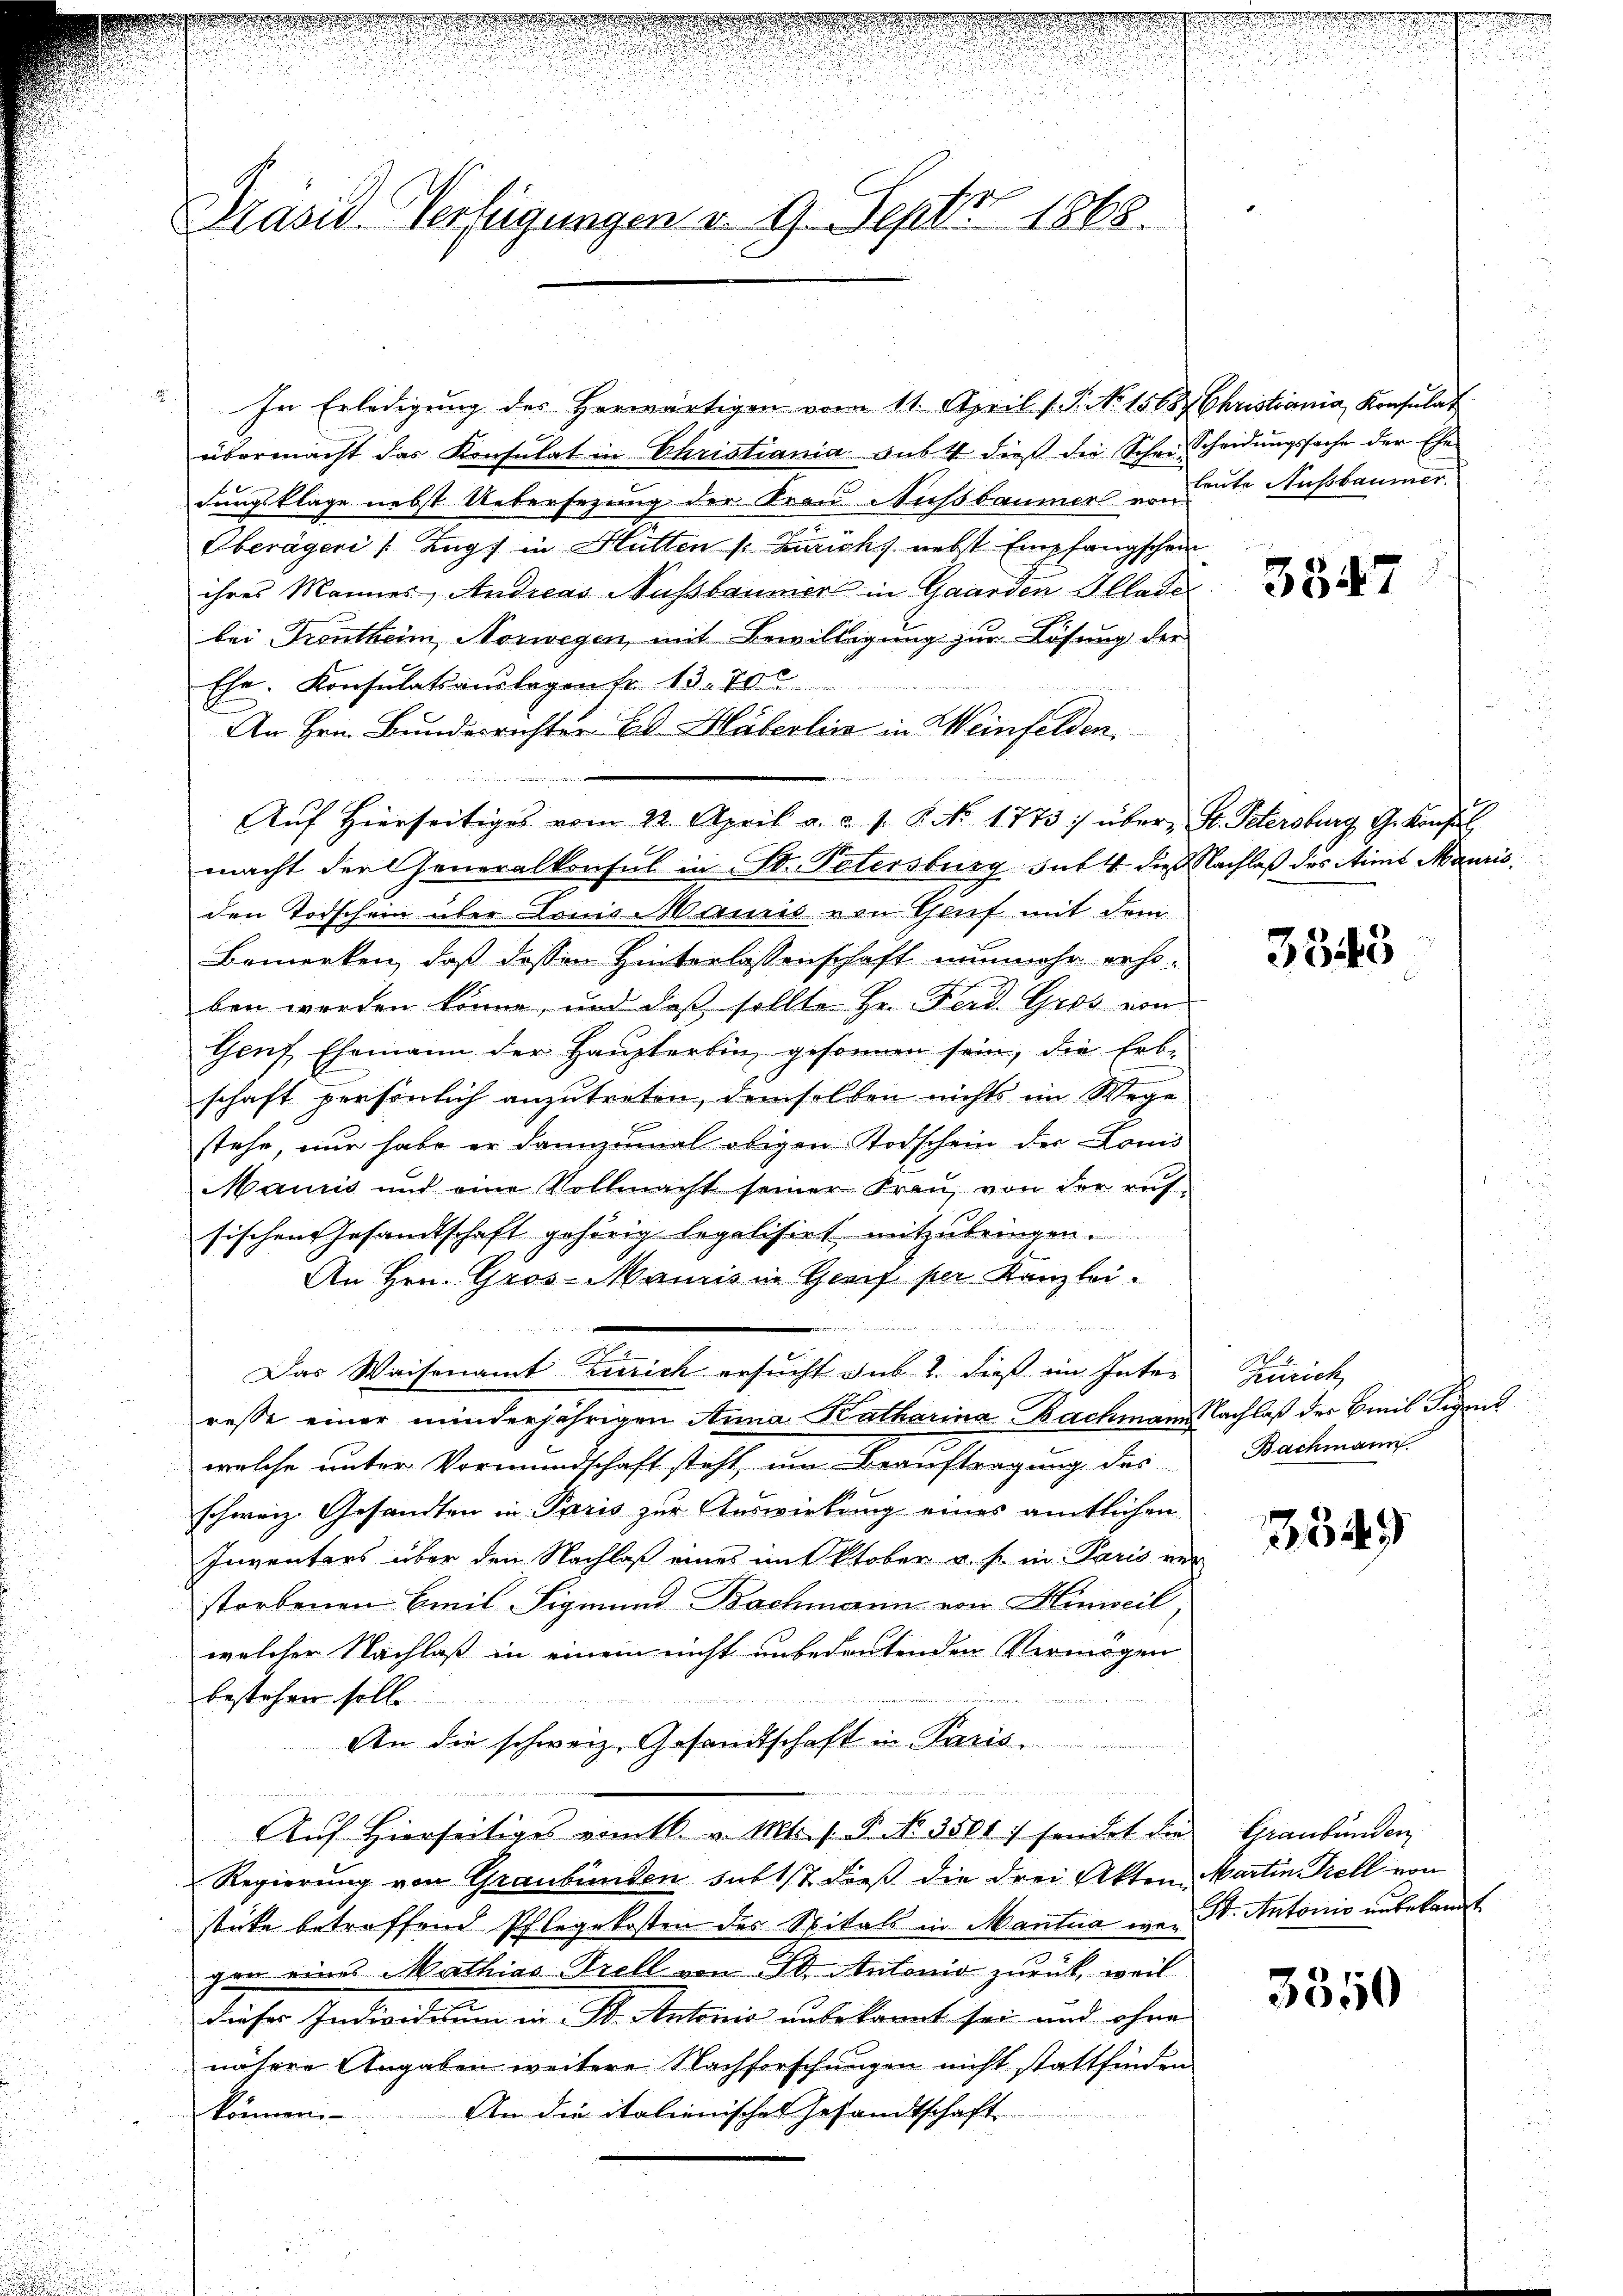
Präsid. Verfügungen u. 9. Septer 1868.

" In Erledigŭng des herwärtigen vom 11. April 1. P. No 1568. Christiania, Konsulat
übermacht das Konsulat in Christiania aubt dieß die Schein Scheidungssache der Ehedungsklage nebst Uebersezung der Frau Nußbaumer von Leute Ausbaumer
Oberägeri, Zugs in Hütten s. Zürichs nebst Empfangschein
ihres Mannes, Andreas Nußbaumer in Garden Allade
bei Frontheim, Norwegen, mit Bewilligung zur Lösung der
Ehe. Konsulatsauslagen fr. 13. 70

An Hrn. Bunderrichter Ed. Häberlin in Weinfelden.
Aŭf Hierseitiges vom 22. April a. a. s. S. No. 1773 :/ über St. Petersburg, G. Konsul
macht der Generalkonsul in St. Petersburg sub 4 die Nachlaß des Aimit Mauris
den Todschein über Louis Manns von Gruf mit dem
Bemerken, daß dessen Hinterlassenschaft nunmehr erho-
ben werden könne, und daß sollte Hr. Ferd. Gros von
Genf, Ehemann der Haupterbin gesonnen sein, die Erb-
schaft persönlich anzutreten, demselben nichts im Wege
stehe, nur habe er dannzumal obigen Todschein der Louis
Mancis und eine Vollmacht seiner Frau, von der auf
sischen Gesandtschaft gehörig legalisirt mitzubringen.
An Hrn. Gros-Mannis in Greif per Kanzlei.
Das Waisenamt Zürich ersucht sub 2 dieß im Inter
resse einer minderjährigen Anna Katharina Bachmann Nachlaß der Emil Tigent
welche unter Vormundschaft steht, um Beauftragung des
schweiz. Gesandten in Paris zur Auswirkung eines amtlichen
Inventars über den Nachlaß eines mit ktober u. s. in Paris ver-
storbenen Emil Sigmund Bachmann von Hinweil,
welcher Nachlaß in einem nicht unbedeutenden Vermögen
bestehen solle.
.
An die schweiz. Gesandtschaft in Paris,
Auf Hierseitiges vom 16. v. Mts. f. P. No. 3501) sendet die
Regierung von Graubünden sub 1/7 dieß die drei Akten Martin Prell von
stüke betreffend Pflegekosten des Spitals in Manta war Dr. Antonis unbekannt
gon eines Mathias Prell von 30. Antonio zurück, weil
dieses Individuum in St. Antonio unbekannt sei und ohne
nähere Angaben weitere Nachforschungen nicht stattfinden
können. An die italienisches Gesandtschaft

3347

3345

.
g
Zürich
Bachmann.

354

Graubünden

3350